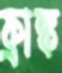
ফ্রাঙ্ক